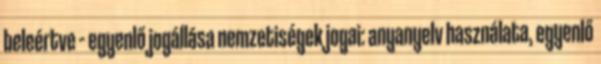
beleértve – egyenlő jogállása nemzetiségek jogai: anyanyelv használata, egyenlő